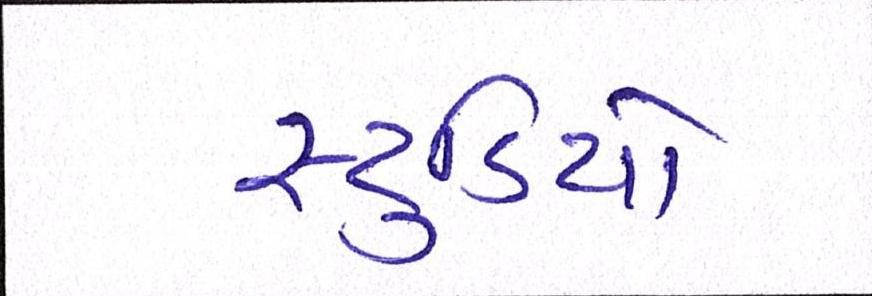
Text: સ્ટુડિયો